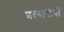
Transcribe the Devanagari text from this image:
प्रत्यारोपों